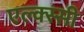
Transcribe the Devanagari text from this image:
एल्क्स्सी